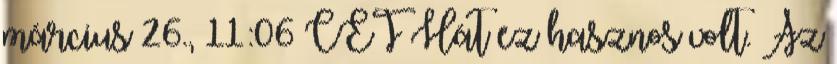
március 26., 11:06 CET Hát ez hasznos volt. Az